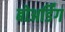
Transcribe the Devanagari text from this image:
बोअर्डिंग